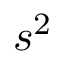
s ^ { 2 }